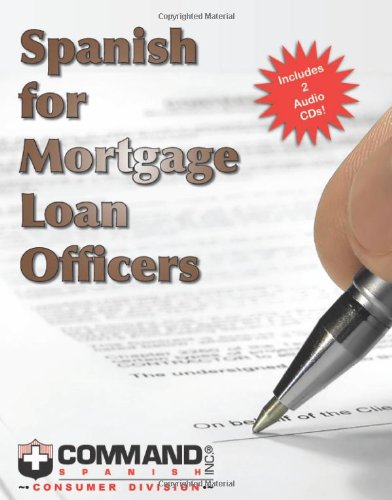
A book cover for Spanish for Mortgage Loan Officers; Command Spanish Inc.; Business & Money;